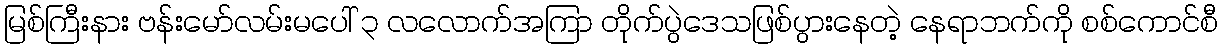
မြစ်ကြီးနား ဗန်းမော်လမ်းမပေါ် ၃ လလောက်အကြာ တိုက်ပွဲဒေသဖြစ်ပွားနေတဲ့ နေရာဘက်ကို စစ်ကောင်စီ